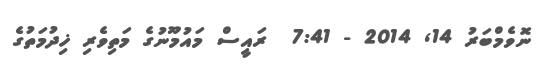
ނޮވެމްބަރު 14